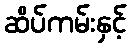
ဆိပ်ကမ်းနှင့်